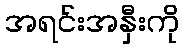
အရင်းအနှီးကို